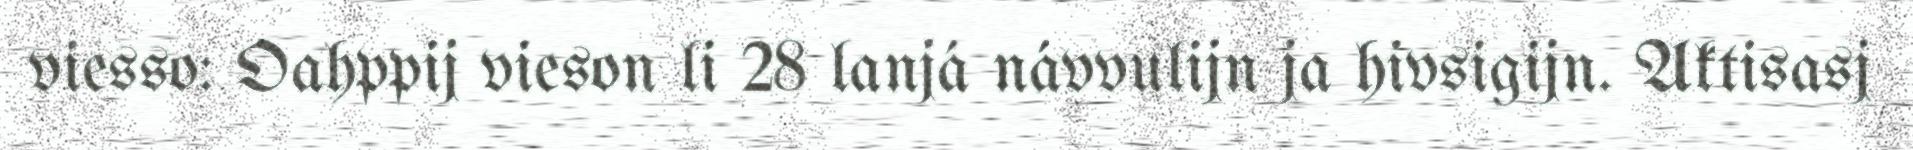
viesso: Oahppij vieson li 28 lanjá návvulijn ja hivsigijn. Aktisasj